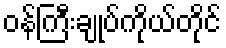
ဝန်ကြီးချုပ်ကိုယ်တိုင်